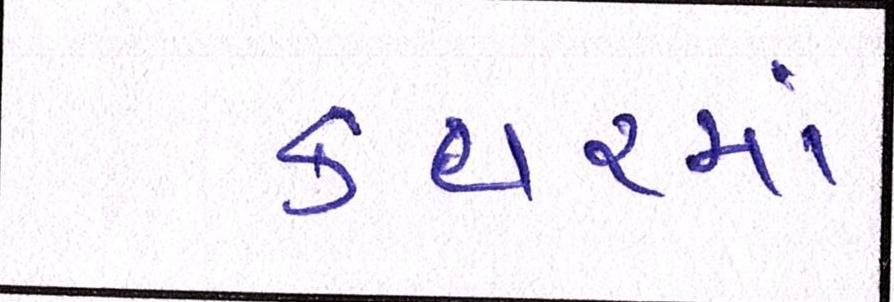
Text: કવરમાં